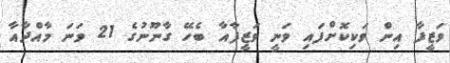
ވަޒީފާ އިން ވަކިކޮށްފައި ވަނީ ވަޒީފާއާ ބެހޭ ގާނޫނުގެ 21 ވަނަ މާއްދާއާ